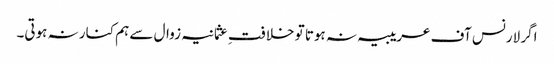
اگر لارنس آف عریبیہ نہ ہوتا تو خلافتِ عثمانیہ زوال سے ہم کنار نہ ہوتی۔